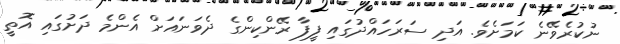
ނުކުރެވޭނެ ކަމަށެވެ. އަދި ސަރަހައްދުގައި ފީފާ ރޭންކިންގެ ދެވަނައަށް އެންމެ ދަށުގައި އޮތީ